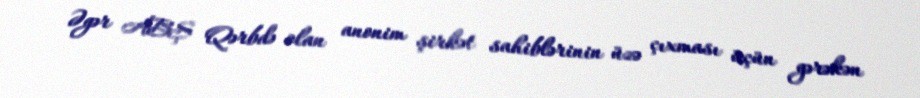
Əgər ABŞ Qərbdə olan anonim şirkət sahiblərinin üzə çıxması üçün gərəkən